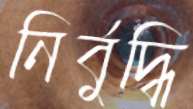
নির্বুদ্ধি